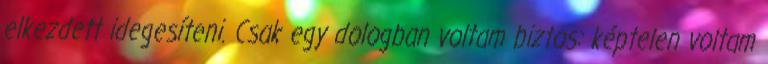
elkezdett idegesíteni. Csak egy dologban voltam biztos: képtelen voltam